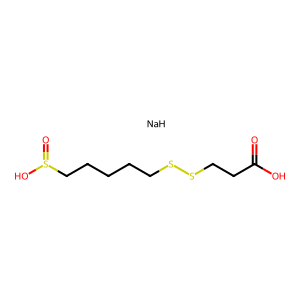
SMILES: O=C(O)CCSSCCCCCS(=O)O.[NaH]
Inhibits HIV replication: No